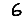
Digit: 6